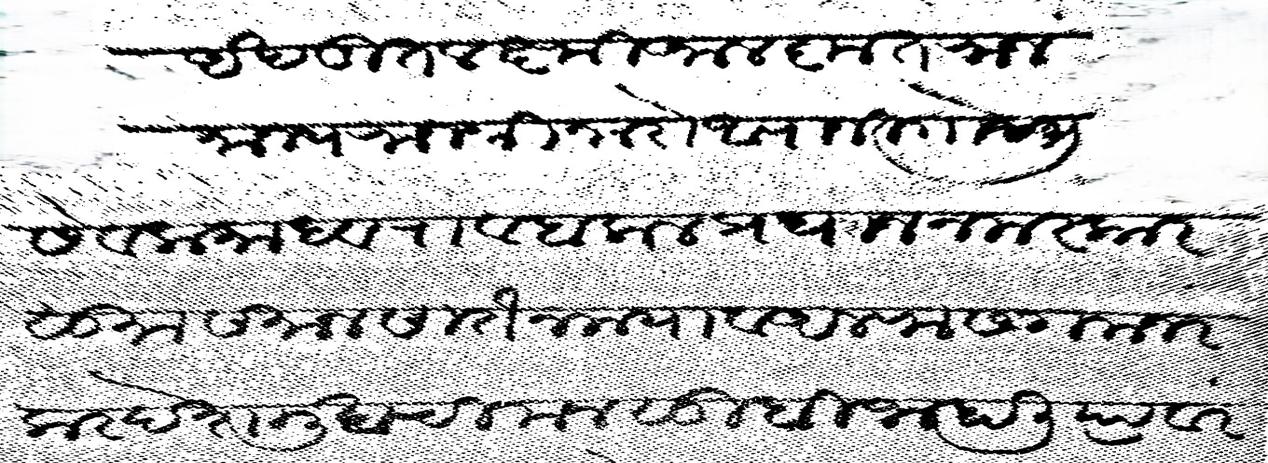
Transliteration (Devanagari): अखडित लक्ष्मी अलकृत राजमान्य राजश्री नारो आपाजी गाो सेवक माधवराव बलाल प्रधान नमस्कार सु समान सीतेन मया व अलफ सगमनरकर देशमुखची मनसुबी जाहाली त्यावर